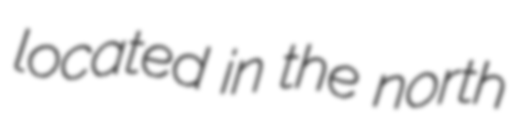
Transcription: located in the north